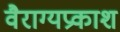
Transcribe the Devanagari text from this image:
वैराग्यप्रकाश